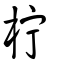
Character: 柠